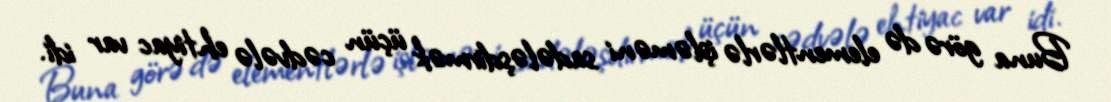
Buna görə də elementlərlə işləməni sadələşdirmək üçün cədvələ ehtiyac var idi.